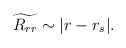
\begin{align*}\widetilde{R_{rr}}\sim |r-r_s|.\end{align*}